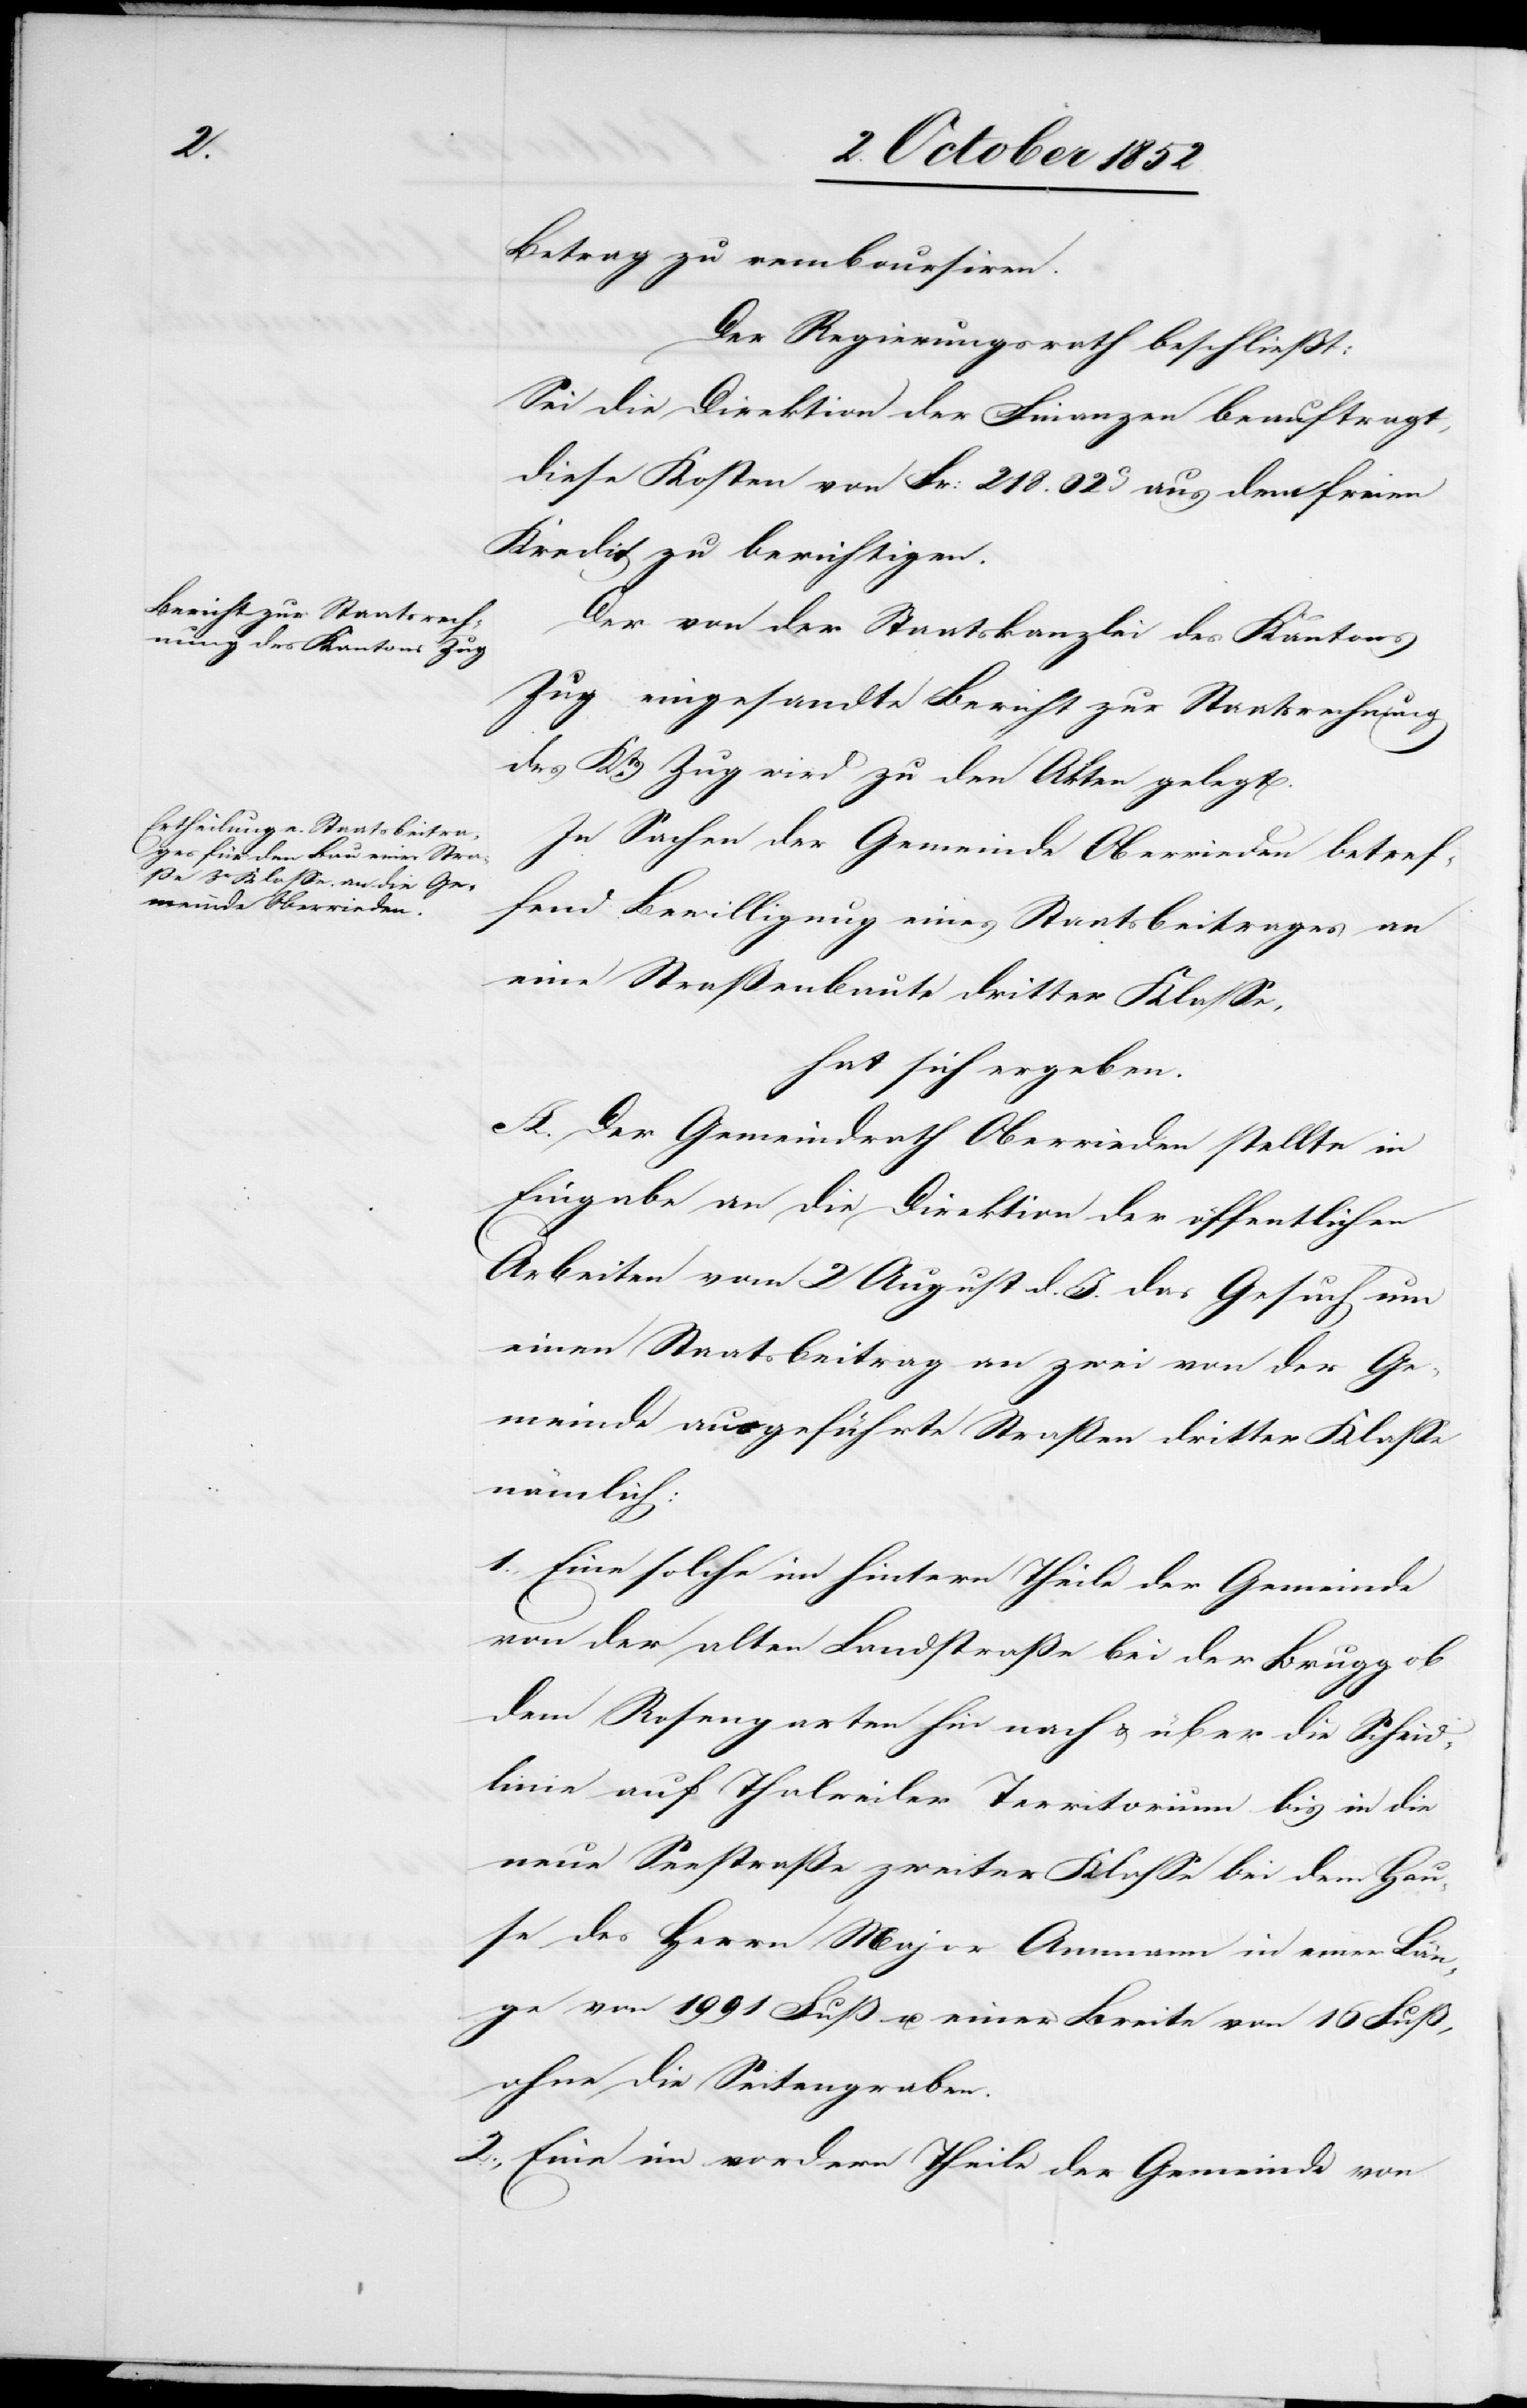
Betrag zu remboursiren.
Der Regierungsrath beschließt:
Sei die Direktion der Finanzen beauftragt,
diese Kosten von Fr: 218. 02C aus dem freien
Kredit zu berichtigen.
Der von der Staatskanzlei des Kantons
Zug eingesandte Bericht zur Staatsrechnung
des Kts. Zug wird zu den Akten gelegt.
In Sachen der Gemeinde Oberrieden betref¬
fend Bewilligung eines Staatsbeitrages an
eine Straßenbaute dritter Klasse,
hat sich ergeben.
A. Der Gemeindrath Oberrieden stellte in
Eingabe an die Direktion der öffentlichen
Arbeiten vom 2 August d. J. das Gesuch um
einen Staatsbeitrag an zwei von der Ge¬
meinde ausgeführte Straßen dritter Klasse
nämlich:
1., Eine solche im hintern Theile der Gemeinde
von der alten Landstraße bei der Brugg ob
dem Rosengarten hin nach & über die Scheid¬
linie auf Thalweiler Territorium bis in die
neue Seestraße zweiter Klasse bei dem Hau¬
se des Herrn Major Ammann in einer Län¬
ge von 1991 Fuß u. einer Breite von 16 Fuß,
ohne die Seitengraben.
2., Eine im vordern Theile der Gemeinde von